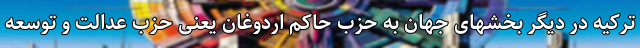
ترکیه در دیگر بخشهای جهان به حزب حاکم اردوغان یعنی حزب عدالت و توسعه